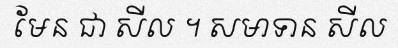
មែន ជា សីល ។ សមាទាន សីល